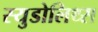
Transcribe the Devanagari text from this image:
स्युडोलिथ्स